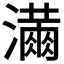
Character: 𭳓